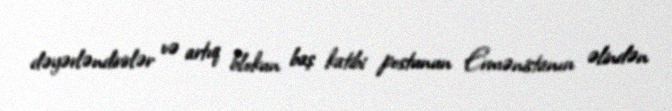
dəyərləndirirlər və artıq blokun baş katibi postunun Ermənistanın əlindən